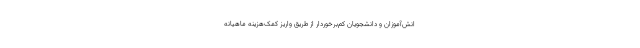
انش‌آموزان و دانشجویان کم‌برخوردار از طریق واریز کمک‌هزینه ماهیانه